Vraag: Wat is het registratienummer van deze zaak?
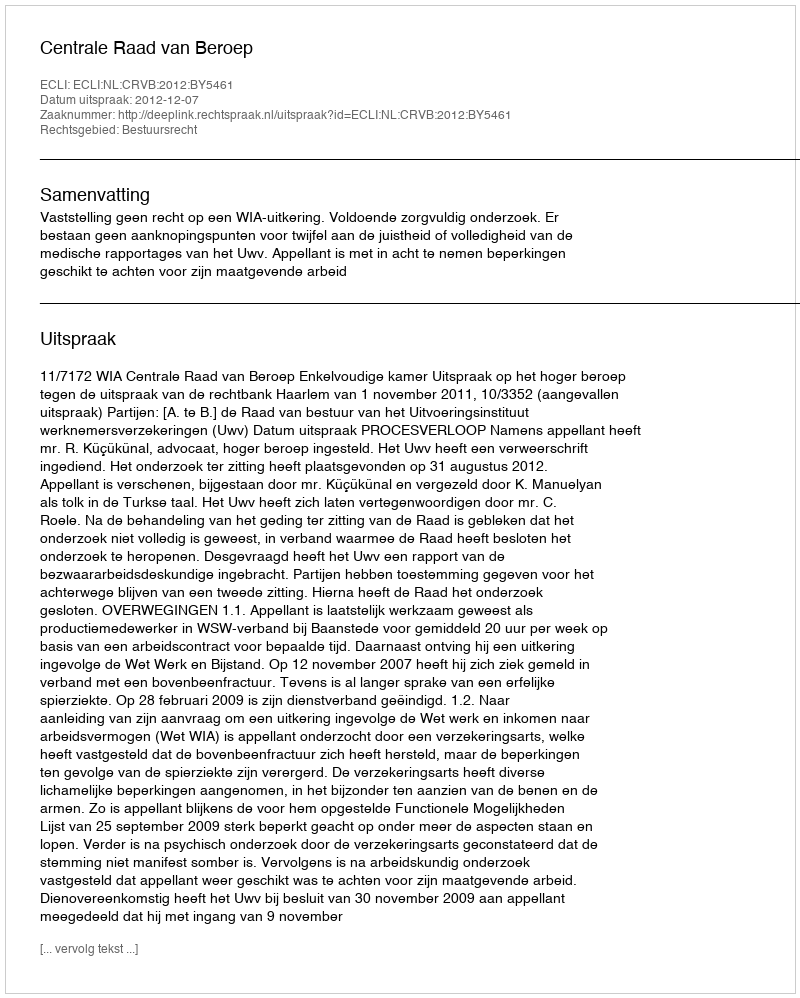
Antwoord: http://deeplink.rechtspraak.nl/uitspraak?id=ECLI:NL:CRVB:2012:BY5461